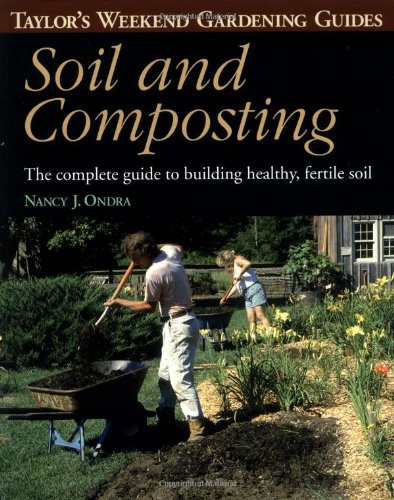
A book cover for Taylor's Weekend Gardening Guide to Soil and Composting: The Complete Guide to Building Healthy, Fertile Soil (Taylor's Weekend Gardening Guides (Houghton Mifflin)); Barbara Ellis; Crafts, Hobbies & Home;